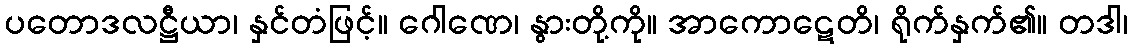
ပတောဒလဋ္ဌီယာ၊ နှင်တံဖြင့်။ ဂေါဏေ၊ နွားတို့ကို။ အာကောဋေတိ၊ ရိုက်နှက်၏။ တဒါ၊